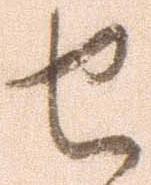
せ